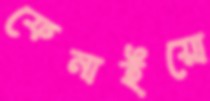
ফেনাইয়ো